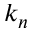
k _ { n }